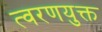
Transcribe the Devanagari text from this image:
त्वरणयुक्त